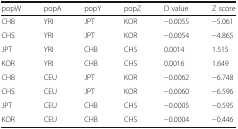
| popW | popA | popY | popZ | D value | Z score |
 | --- | --- | --- | --- | --- | --- |
 | CHB | YRI | JPT | KOR | −0.0055 | −5.061 |
 | CHS | YRI | JPT | KOR | −0.0054 | −4.865 |
 | JPT | YRI | CHB | CHS | 0.0014 | 1.515 |
 | KOR | YRI | CHB | CHS | 0.0016 | 1.649 |
 | CHB | CEU | JPT | KOR | −0.0062 | −6.748 |
 | CHS | CEU | JPT | KOR | −0.0060 | −6.596 |
 | JPT | CEU | CHB | CHS | −0.0005 | −0.595 |
 | KOR | CEU | CHB | CHS | −0.0004 | −0.446 |